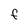
Character: F